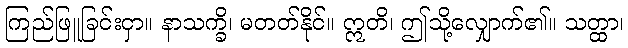
ကြည်ဖြူခြင်းငှာ။ နာသက္ခိ၊ မတတ်နိုင်။ ဣတိ၊ ဤသို့လျှောက်၏။ သတ္ထာ၊